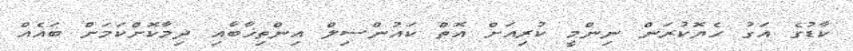
ކާޑުގެ އަގު ހެޔޮކުރަން ނިންމީ ކުރިއަށް އޮތް ކައުންސިލް އިންތިޚާބާއި ދިމާކޮށްކަމަށް ބައެއް